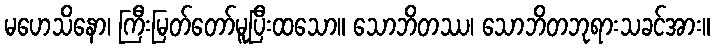
မဟေသိနော၊ ကြီးမြတ်တော်မူပြီးထသော။ သောဘိတဿ၊ သောဘိတဘုရားသခင်အား။